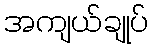
အကျယ်ချုပ်